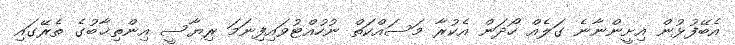
އެބޭފުޅުން އިށީންނާނެ ގަލެއް ހޯދަން އެކުރާ މަސައްކަތް ނުހުއްޓުވައިފިނަމަ ރިޔާސީ އިންތިޚާބުގެ ތެރޭގައި